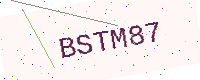
Text: BSTM87